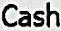
CASH